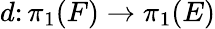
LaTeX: d\colon\pi_{1}(F)\rightarrow\pi_{1}(E)